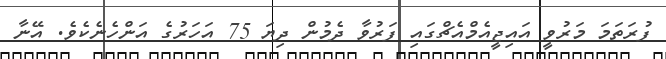
ފުރަތަމަ މަރުވީ އައިޖީއެމްއެޗްގައި ފަރުވާ ދެމުން ދިޔަ 75 އަހަރުގެ އަންހެނެކެވެ. އޭނާ